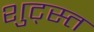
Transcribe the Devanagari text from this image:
शुट्स्त